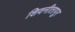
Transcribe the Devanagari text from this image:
शिवनीतापूर